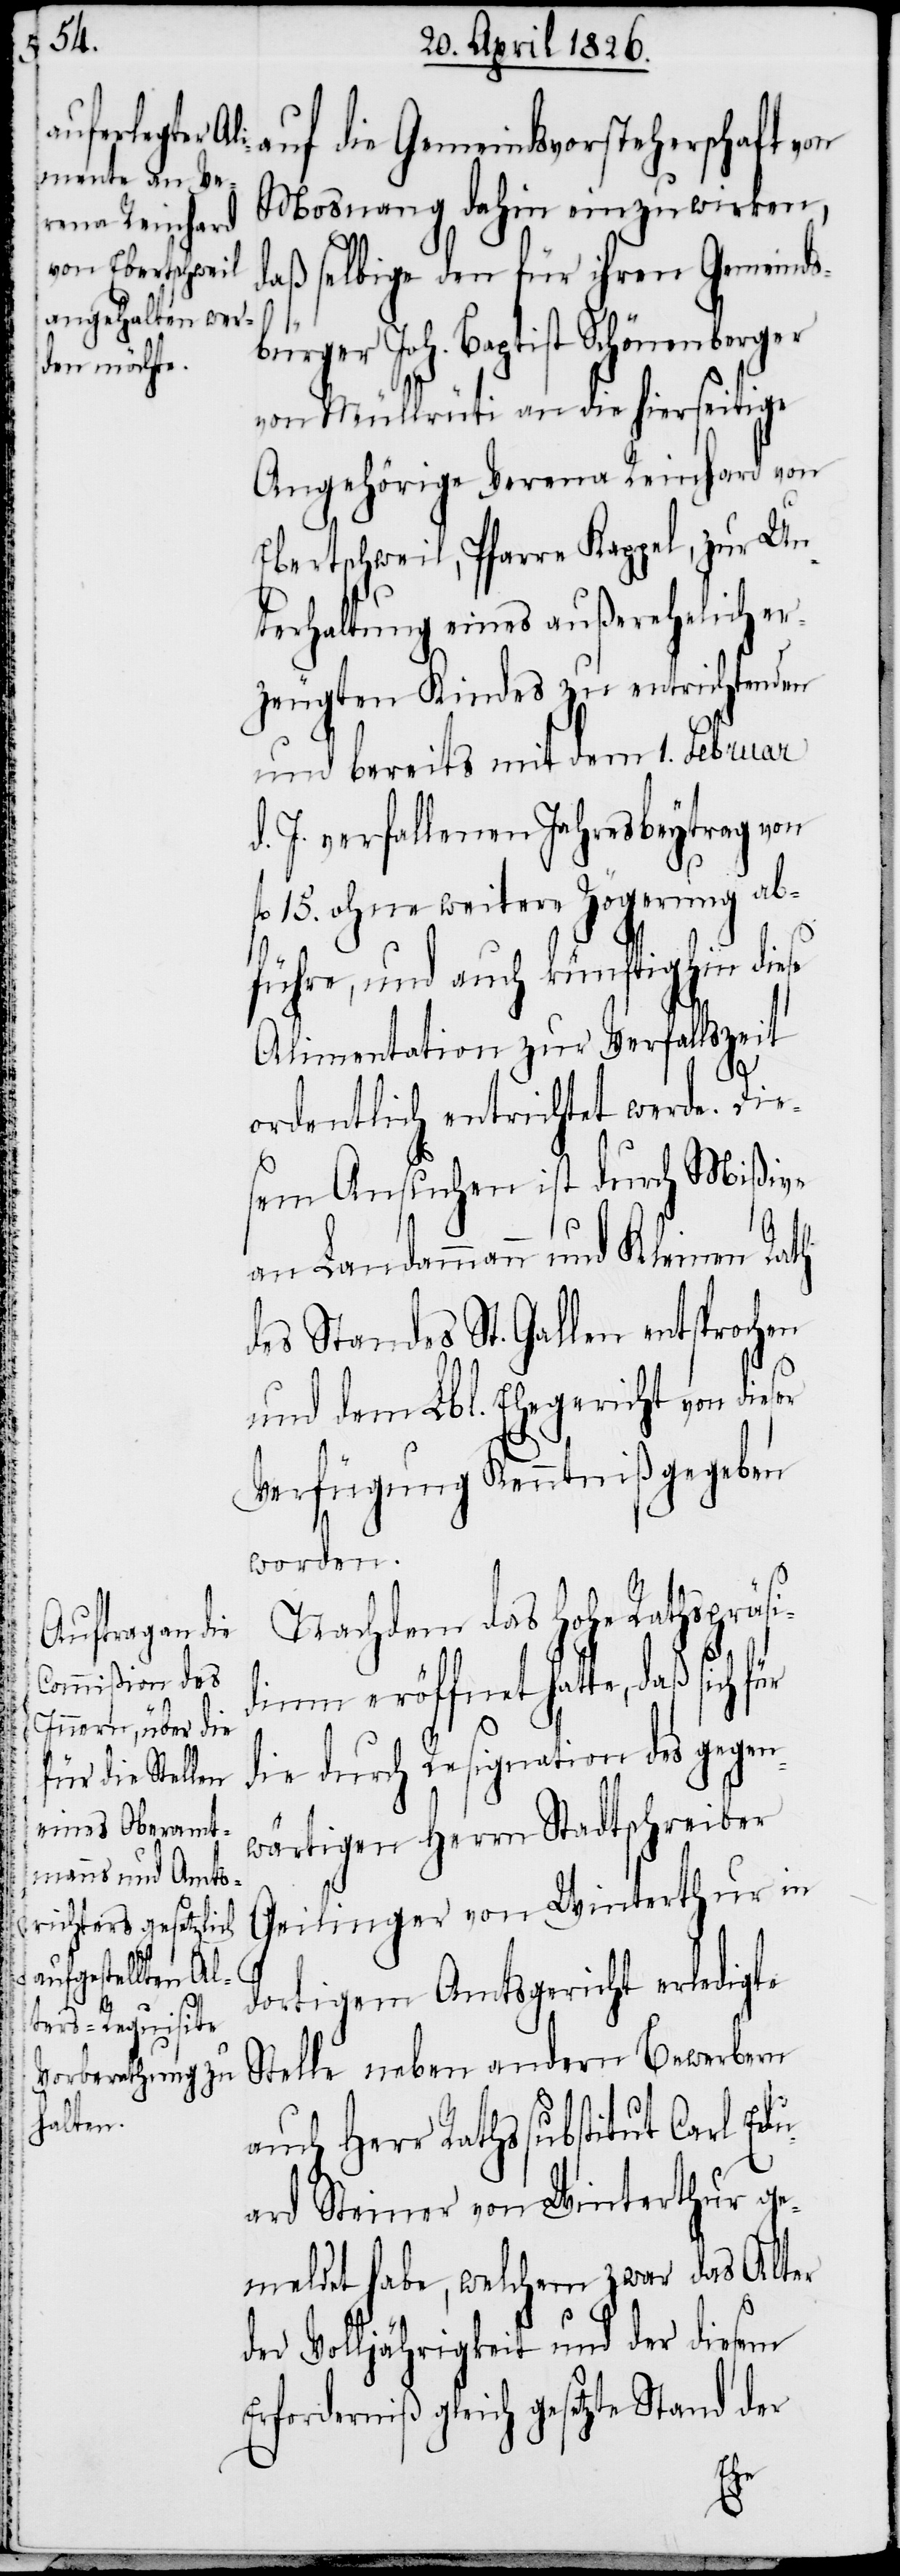
auf die Gemeindsvorsteherschaft von
Mosnang dahin einzuwirken,
daß selbige den für ihren Gemeinds¬
bürger Joh. Baptist Schönenberger
von Müllrüti an die hierseitige
Angehörige Verena Reinhard von
Ebertschweil, Pfarre Kappel, zur Un¬
terhaltung eines außerehelich er¬
zeugten Kindes zu entrichtenden
und bereits mit dem 1. Februar
d. J. verfallenen Jahresbeytrag von
fl. 15. ohne weitere Zögerung ab¬
führe, und auch künftighin diese
Alimentation zur Verfallszeit
ordentlich entrichtet werde. Die¬
sem Ansuchen ist durch Mißiven
an Landammann und Kleinen Rath
des Standes St. Gallen entsprochen
und dem Lbl. Ehegericht von die¬
Verfügung Kenntniß gegeben
worden.
Nachdem das Hohe Rathspräsi¬
dium eröffnet hatte, daß sich
die durch Resignation des gegen¬
wärtigen Herrn Stadtschreiber
Geilinger von Winterthur in
dortigem Amtsgericht erledigte
Stelle neben andern Bewerbern
auch Herr Rathssubstitut Carl Edu¬
ard Steiner von Winterthur ge¬
meldet habe, welchem zwar das Alter
der Volljährigkeit und der diesem
Erforderniß gleich gesetzte Stand der
ser